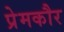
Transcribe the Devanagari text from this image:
प्रेमकौर